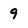
Character: 9